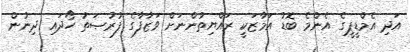
އަދި އެމްޑީޕީގެ އެންމެ ބޮޑު އަމާޒަކީ ރައްޔިތުންނަށް ވަޒާފާގެ ފުރުޞަތު ހޯދައި ދިނުން